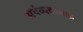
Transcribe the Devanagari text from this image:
अर्थव्यवस्थाल